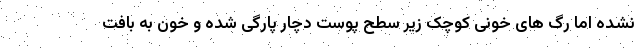
نشده اما رگ های خونی کوچک زیر سطح پوست دچار پارگی شده و خون به بافت